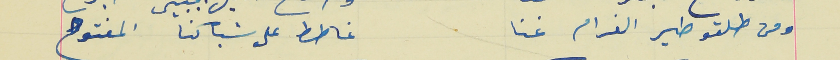
ومن طلتو طير الغرام غنا                                             غاطط على شباكنا المفتوح